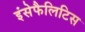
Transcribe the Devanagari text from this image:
इंसेफैलिटिस